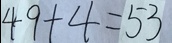
4 9 + 4 = 5 3